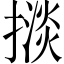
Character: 𢴗